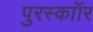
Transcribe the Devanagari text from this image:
पुरस्काॉर